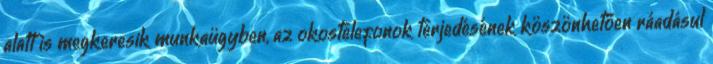
alatt is megkeresik munkaügyben, az okostelefonok terjedésének köszönhetően ráadásul